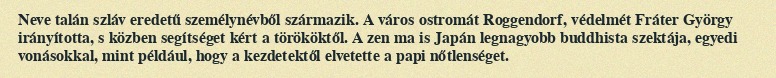
Neve talán szláv eredetű személynévből származik. A város ostromát Roggendorf, védelmét Fráter György irányította, s közben segítséget kért a törököktől. A zen ma is Japán legnagyobb buddhista szektája, egyedi vonásokkal, mint például, hogy a kezdetektől elvetette a papi nőtlenséget.